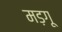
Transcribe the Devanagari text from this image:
मड़गू